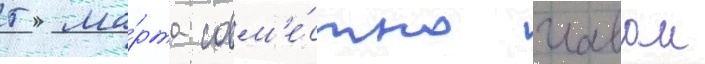
5 ма́рта совм'е́стно главои